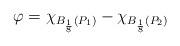
LaTeX: \begin{align*}\varphi = \chi_{B_{\frac{1}{8}}(P_1)} - \chi_{B_{\frac{1}{8}}(P_2)}\end{align*}